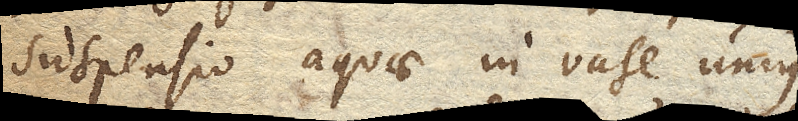
suspensio aquae in vase unius